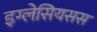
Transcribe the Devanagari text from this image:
इग्लेसियसस